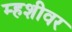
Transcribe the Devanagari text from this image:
म्हशीवर